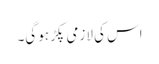
اس کی لازمی پکڑ ہو گی۔